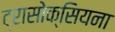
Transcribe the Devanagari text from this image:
ट्रासोक्सियना